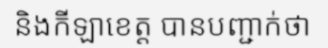
និងកីឡាខេត្ត បានបញ្ជាក់ថា